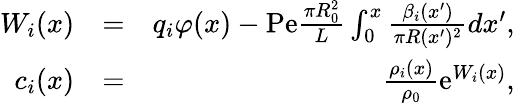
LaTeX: \begin{array}{rlr}{W_{i}(x)}&{=}&{q_{i}\varphi(x)-\mathrm{Pe}\frac{\pi R_{0}^{2}}{L}\int_{0}^{x}\frac{\beta_{i}(x^{\prime})}{\pi R(x^{\prime})^{2}}dx^{\prime},}\\ {c_{i}(x)}&{=}&{\frac{\rho_{i}(x)}{\rho_{0}}\mathrm{e}^{W_{i}(x)},}\end{array}